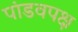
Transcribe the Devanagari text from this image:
पांडवपक्ष